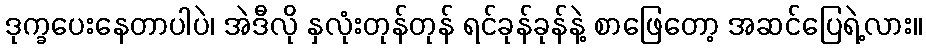
ဒုက္ခပေးနေတာပါပဲ၊ အဲဒီလို နှလုံးတုန်တုန် ရင်ခုန်ခုန်နဲ့ စာဖြေတော့ အဆင်ပြေရဲ့လား။